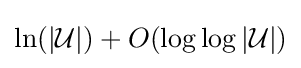
\ln(|{\mathcal {U}}|)+O(\log \log |{\mathcal {U}}|)